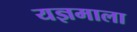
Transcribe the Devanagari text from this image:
यज्ञमाला